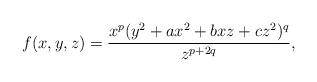
LaTeX: \begin{align*}f(x,y,z)=\dfrac{x^{p}(y^2+ax^2+bxz+cz^2)^q}{z^{p+2q}}, \end{align*}